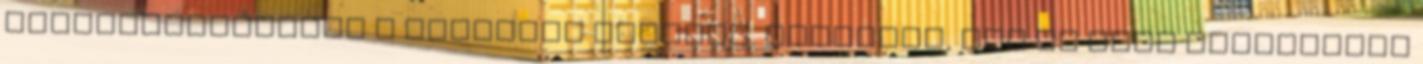
visszajuttatható a lakosság részére. Mindenki, aki az idén valamilyen